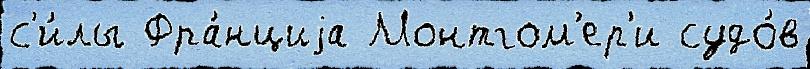
с'и́лы Фра́нциjа Монтгом'ер'и судо́в